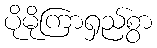
ပိုမိုကြာရှည်စွာ